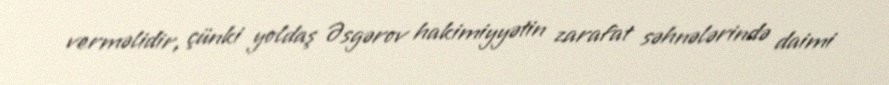
verməlidir, çünki yoldaş Əsgərov hakimiyyətin zarafat səhnələrində daimi